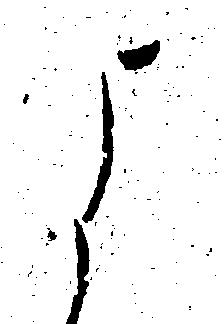
よ